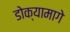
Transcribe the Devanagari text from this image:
डोक्यामागे